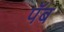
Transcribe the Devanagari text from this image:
पॅब